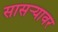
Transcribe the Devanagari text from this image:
सासर्‍यावर